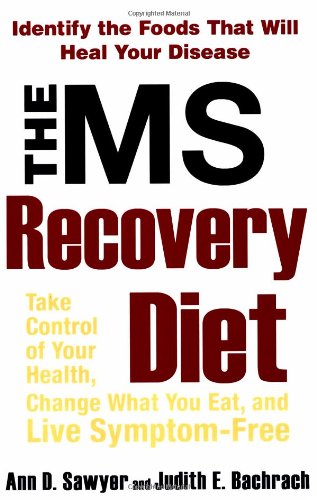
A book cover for The MS Recovery Diet; Ann Sawyer; Health, Fitness & Dieting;